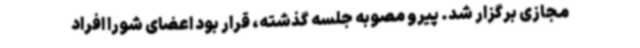
مجازی برگزار شد. پیرو مصوبه جلسه گذشته، قرار بود اعضای شورا افراد